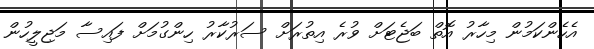
އެހެންކަމުން މިހާރު އޮތް ބަޖެޓަށް ވުރެ އިތުރަށް ސަރުކާރު ހިންގުމަށް ފައިސާ މަޖިލީހުން